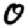
Digit: 0